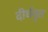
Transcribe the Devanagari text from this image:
दीर्घवृत